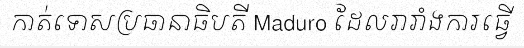
កាត់ទោសប្រធានាធិបតី Maduro ដែលរារាំងការធ្វើ